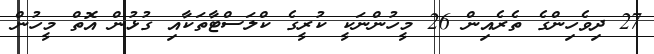
27 ދިވެހިންގެ ތެރެއިން 26 މީހުންނަކީ ކުރީގެ ކްލަސްޓާތަކާއި ގުޅުން އޮތް މީހުން